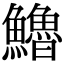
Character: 𩽈